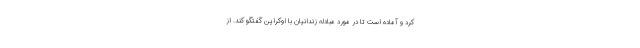
کرد و آماده است تا در مورد مبادله زندانیان با اوکراین گفتگو کند. از